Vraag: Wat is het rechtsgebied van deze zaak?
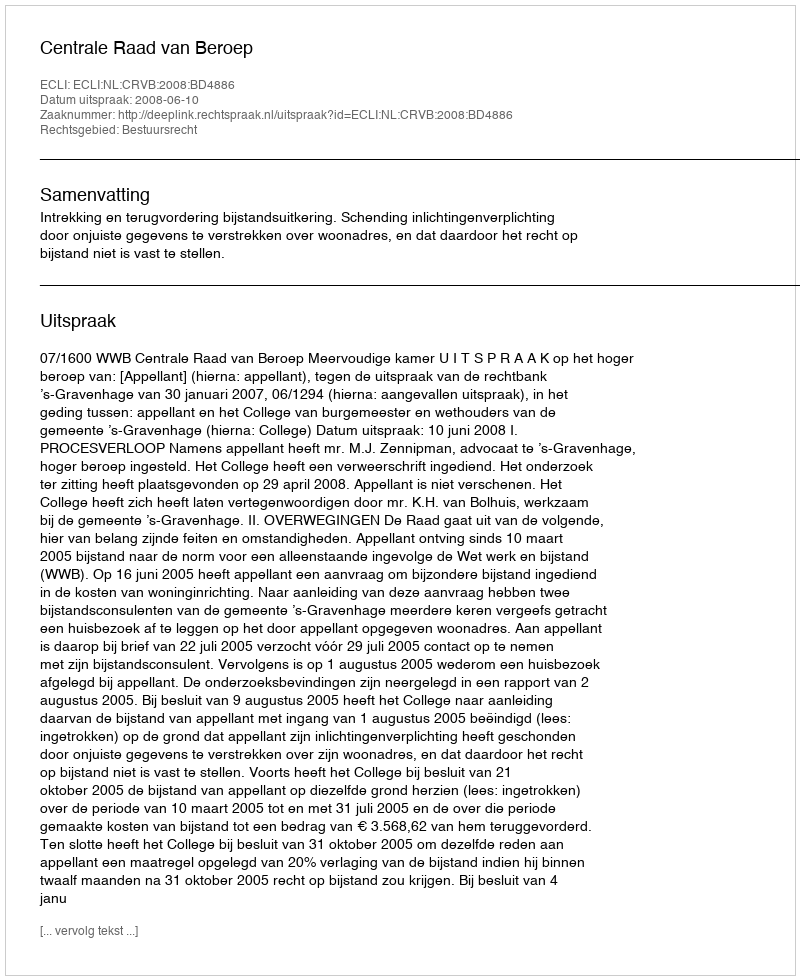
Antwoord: Bestuursrecht